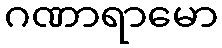
ဂဏာရာမော